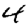
Digit: 4